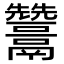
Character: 𩱩